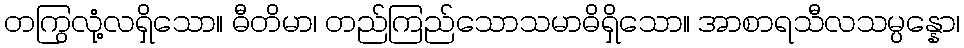
တကြွလုံ့လရှိသော။ ဓီတိမာ၊ တည်ကြည်သောသမာဓိရှိသော။ အာစာရသီလသမ္ပန္နော၊